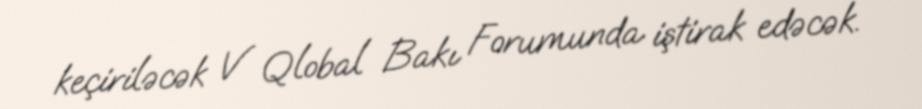
keçiriləcək V Qlobal Bakı Forumunda iştirak edəcək.